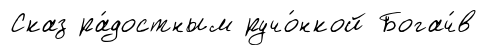
Сказ ра́достным ручо́нкой Богач́в